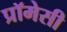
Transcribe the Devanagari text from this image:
प्रॉमेसी